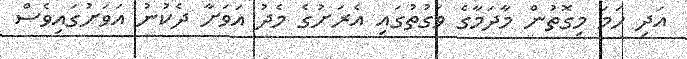
އަދި ހަމަ މިގޮތުން މާދަމާގެ ވަގުތުގައި އެރަށުގެ މެދު އަވަށާ ދެކުނު އަވަށުގައިވެސް